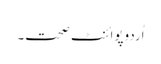
اُردوپوائنٹ صحت۔